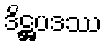
ဒိဋ္ဌပဒဿ